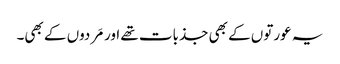
یہ عورتوں کے بھی جذبات تھے اور مَردوں کے بھی۔